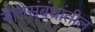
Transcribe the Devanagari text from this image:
नातेसंबंधांतील